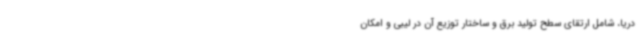
دریا، شامل ارتقای سطح تولید برق و ساختار توزیع آن در لیبی و امکان